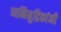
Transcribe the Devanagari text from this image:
ध्वनिमुद्रिकांनी